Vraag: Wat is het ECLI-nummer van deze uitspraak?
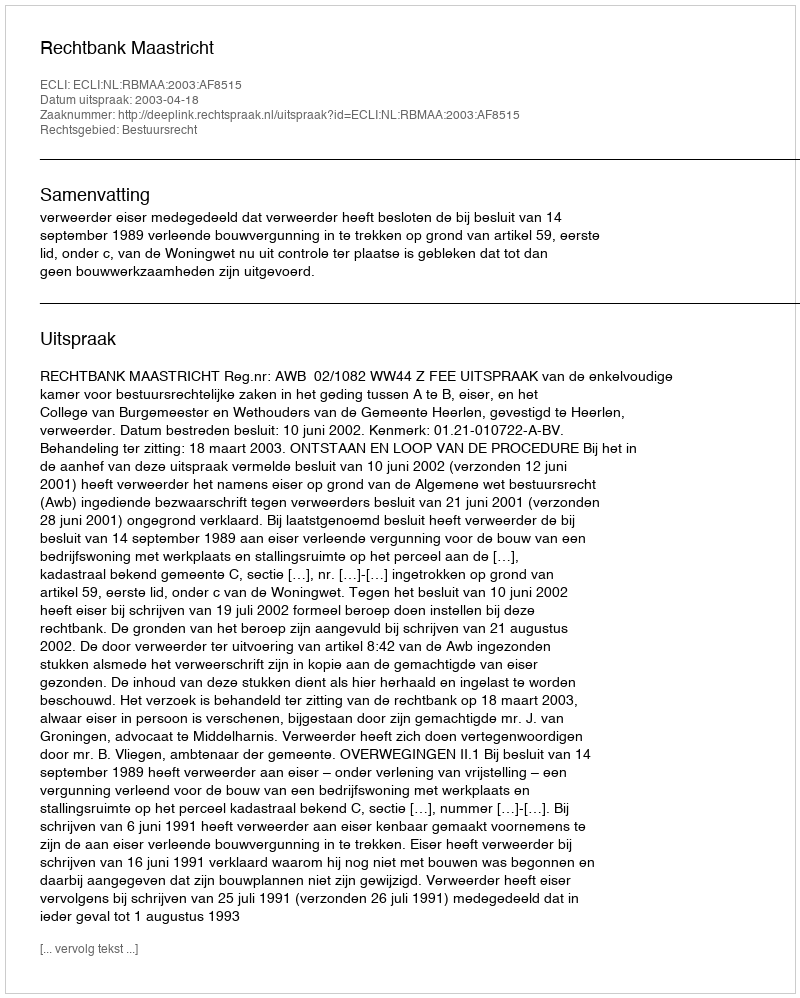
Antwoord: ECLI:NL:RBMAA:2003:AF8515